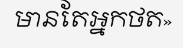
មានតែអ្នកថត»